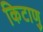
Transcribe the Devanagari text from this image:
किटाणु